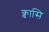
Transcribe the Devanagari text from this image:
क्वासि